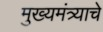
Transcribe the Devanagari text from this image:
मुख्यमंत्र्याचे